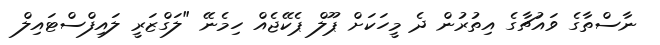
ނާސްތާގެ ވައުޗާގެ އިތުރުން ދެ މީހަކަށް ޕޫލް ޕެކޭޖެއް ހިމެނޭ "ލަގްޒަރީ ލައިފްސްޓައިލް